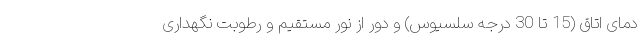
دمای اتاق (15 تا 30 درجه سلسیوس) و دور از نور مستقیم و رطوبت نگهداری